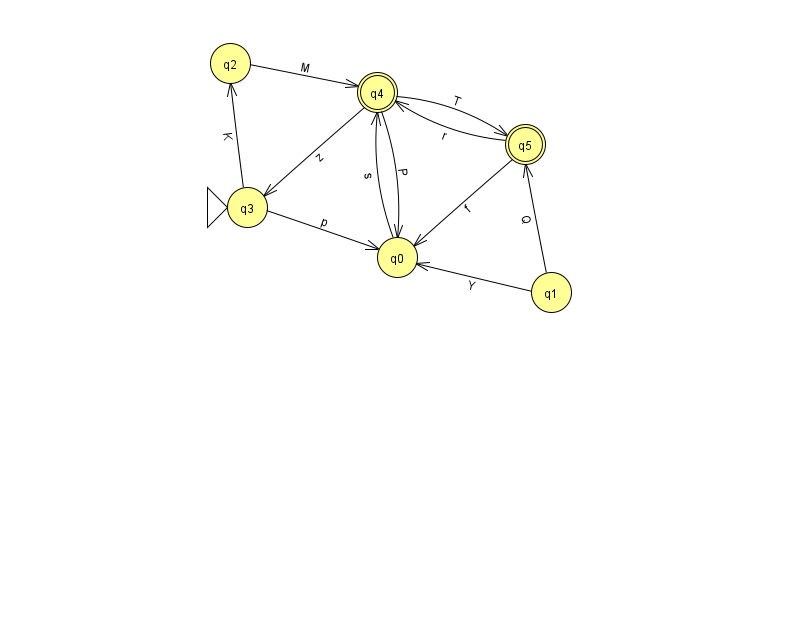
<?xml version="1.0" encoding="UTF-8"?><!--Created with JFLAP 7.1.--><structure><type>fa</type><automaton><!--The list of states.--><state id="0" name="q0"><x>397.0</x><y>244.0</y></state><state id="1" name="q1"><x>551.0</x><y>279.0</y></state><state id="2" name="q2"><x>230.0</x><y>50.0</y></state><state id="3" name="q3"><x>247.0</x><y>194.0</y><initial/></state><state id="4" name="q4"><x>377.0</x><y>79.0</y><final/></state><state id="5" name="q5"><x>525.0</x><y>131.0</y><final/></state><!--The list of transitions.--><transition><from>1</from><to>5</to><read>Q</read></transition><transition><from>5</from><to>0</to><read>f</read></transition><transition><from>1</from><to>0</to><read>Y</read></transition><transition><from>4</from><to>5</to><read>T</read></transition><transition><from>3</from><to>0</to><read>p</read></transition><transition><from>0</from><to>4</to><read>s</read></transition><transition><from>2</from><to>4</to><read>M</read></transition><transition><from>4</from><to>0</to><read>P</read></transition><transition><from>4</from><to>3</to><read>z</read></transition><transition><from>3</from><to>2</to><read>K</read></transition><transition><from>5</from><to>4</to><read>r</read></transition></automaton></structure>